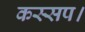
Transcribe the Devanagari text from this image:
कस्सप।